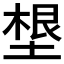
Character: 𡏒